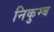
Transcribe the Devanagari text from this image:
निकुम्ब